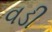
વડી